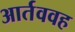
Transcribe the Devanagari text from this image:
आर्तववह